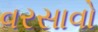
વરસાવો